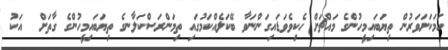
ހަމަކަށަވަރުން ތިޔަބައިމީހުންގެ މައްޗަށް ހެކިވެވަޑައިގަންނަވާ ބޭކަލެއްކަމުގައި ތިމަންރަސްކަލާނގެ ތިޔަބައިމީހުންގެ ގާތަށް  އަކު